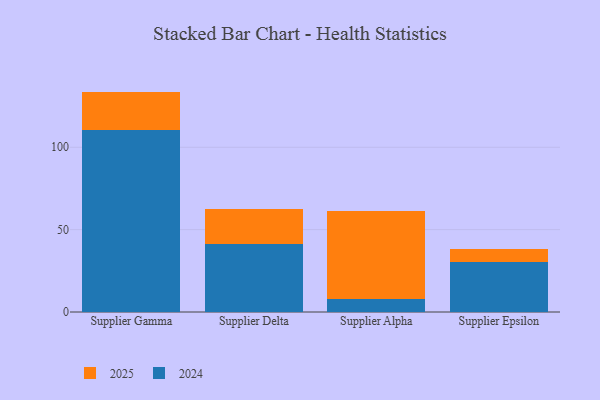
{"axis": {"x": "Supplier", "y": "Website Visitors"}, "legend": ["2024", "2025"], "data": [{"x": "Supplier Gamma", "y": 23.4, "type": "2025"}, {"x": "Supplier Gamma", "y": 110.4, "type": "2024"}, {"x": "Supplier Delta", "y": 21.5, "type": "2025"}, {"x": "Supplier Delta", "y": 41.0, "type": "2024"}, {"x": "Supplier Alpha", "y": 53.6, "type": "2025"}, {"x": "Supplier Alpha", "y": 7.8, "type": "2024"}, {"x": "Supplier Epsilon", "y": 7.6, "type": "2025"}, {"x": "Supplier Epsilon", "y": 30.4, "type": "2024"}]}